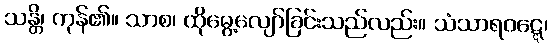
သန္တိ၊ ကုန်၏။ သာစ၊ ထိုမွေ့လျော်ခြင်းသည်လည်း။ သံသာရဝဋ္ဋေ၊